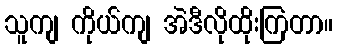
သူကျ ကိုယ်ကျ အဲဒီလိုထိုးကြတာ။